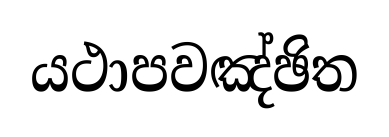
යථාපවඤ්ඡිත